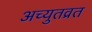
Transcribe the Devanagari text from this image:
अच्युतव्रत